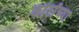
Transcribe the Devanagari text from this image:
कोर्टांच्या